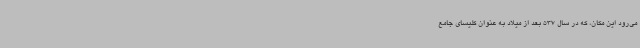
می‌رود این مکان، که در سال 537 بعد از میلاد به عنوان کلیسای جامع